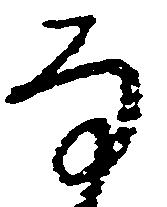
な